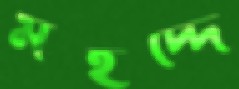
মইদ্দে